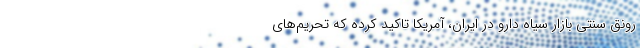
رونق سنتی بازار سیاه دارو در ایران، آمریکا تاکید کرده که تحریم‌های